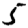
Digit: 5